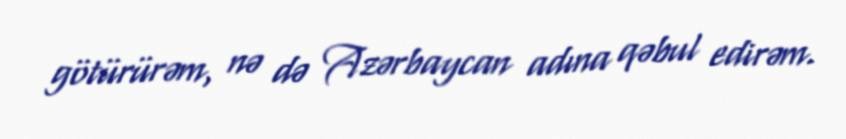
götürürəm, nə də Azərbaycan adına qəbul edirəm.